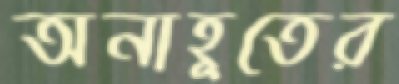
অনাহূতের